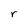
Character: r